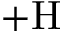
\mathrm { + H }